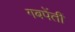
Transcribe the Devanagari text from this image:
गबपेंतीं